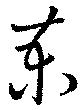
柬